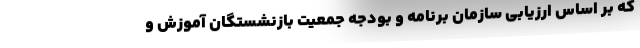
که بر اساس ارزیابی سازمان برنامه و بودجه جمعیت بازنشستگان آموزش و